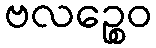
ဗလဉ္စေဝ